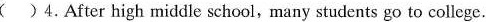
( )4.After high middle school,many students go to college.